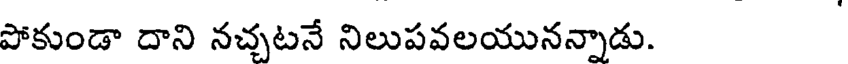
పోకుండా దాని నచ్చటనే నిలుపవలయునన్నాడు.